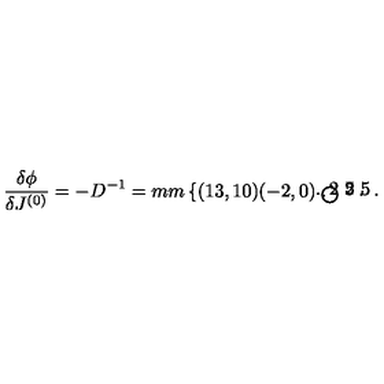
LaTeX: \frac { \delta \phi } { \delta J ^ { ( 0 ) } } = - D ^ { - 1 } = \setlength { \unitlength } { 1 m m } \left\{ \begin{picture} { ( 1 3 , 1 0 ) ( - 2 , 0 ) \thicklines \put ( 4 , 1 ) { \circle { 8 } } \put ( - 0 . 2 5 , 1 ) { \circle * { 1 } } \put ( 8 . 2 5 , 1 ) { \circle * { 1 } } } \\ \end{picture} \right. .